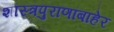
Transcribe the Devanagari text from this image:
शास्त्रपुराणांबाहेर